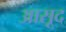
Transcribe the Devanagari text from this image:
आसूद